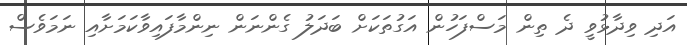
އަދި ވިދާޅުވީ ދެ ތިން މަސްފަހުން އަގުތަކަށް ބަދަލު ގެންނަން ނިންމާފައިވާކަމަށާއި ނަމަވެސް